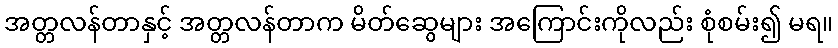
အတ္တလန်တာနှင့် အတ္တလန်တာက မိတ်ဆွေများ အကြောင်းကိုလည်း စုံစမ်း၍ မရ။